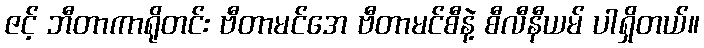
ဇင့် ဘီတာကာရိုတင်း ဗီတာမင်အေ ဗီတာမင်စီနဲ့ စီလီနီယမ် ပါရှိတယ်။